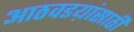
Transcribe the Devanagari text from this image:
आठवडय़ांसाठी